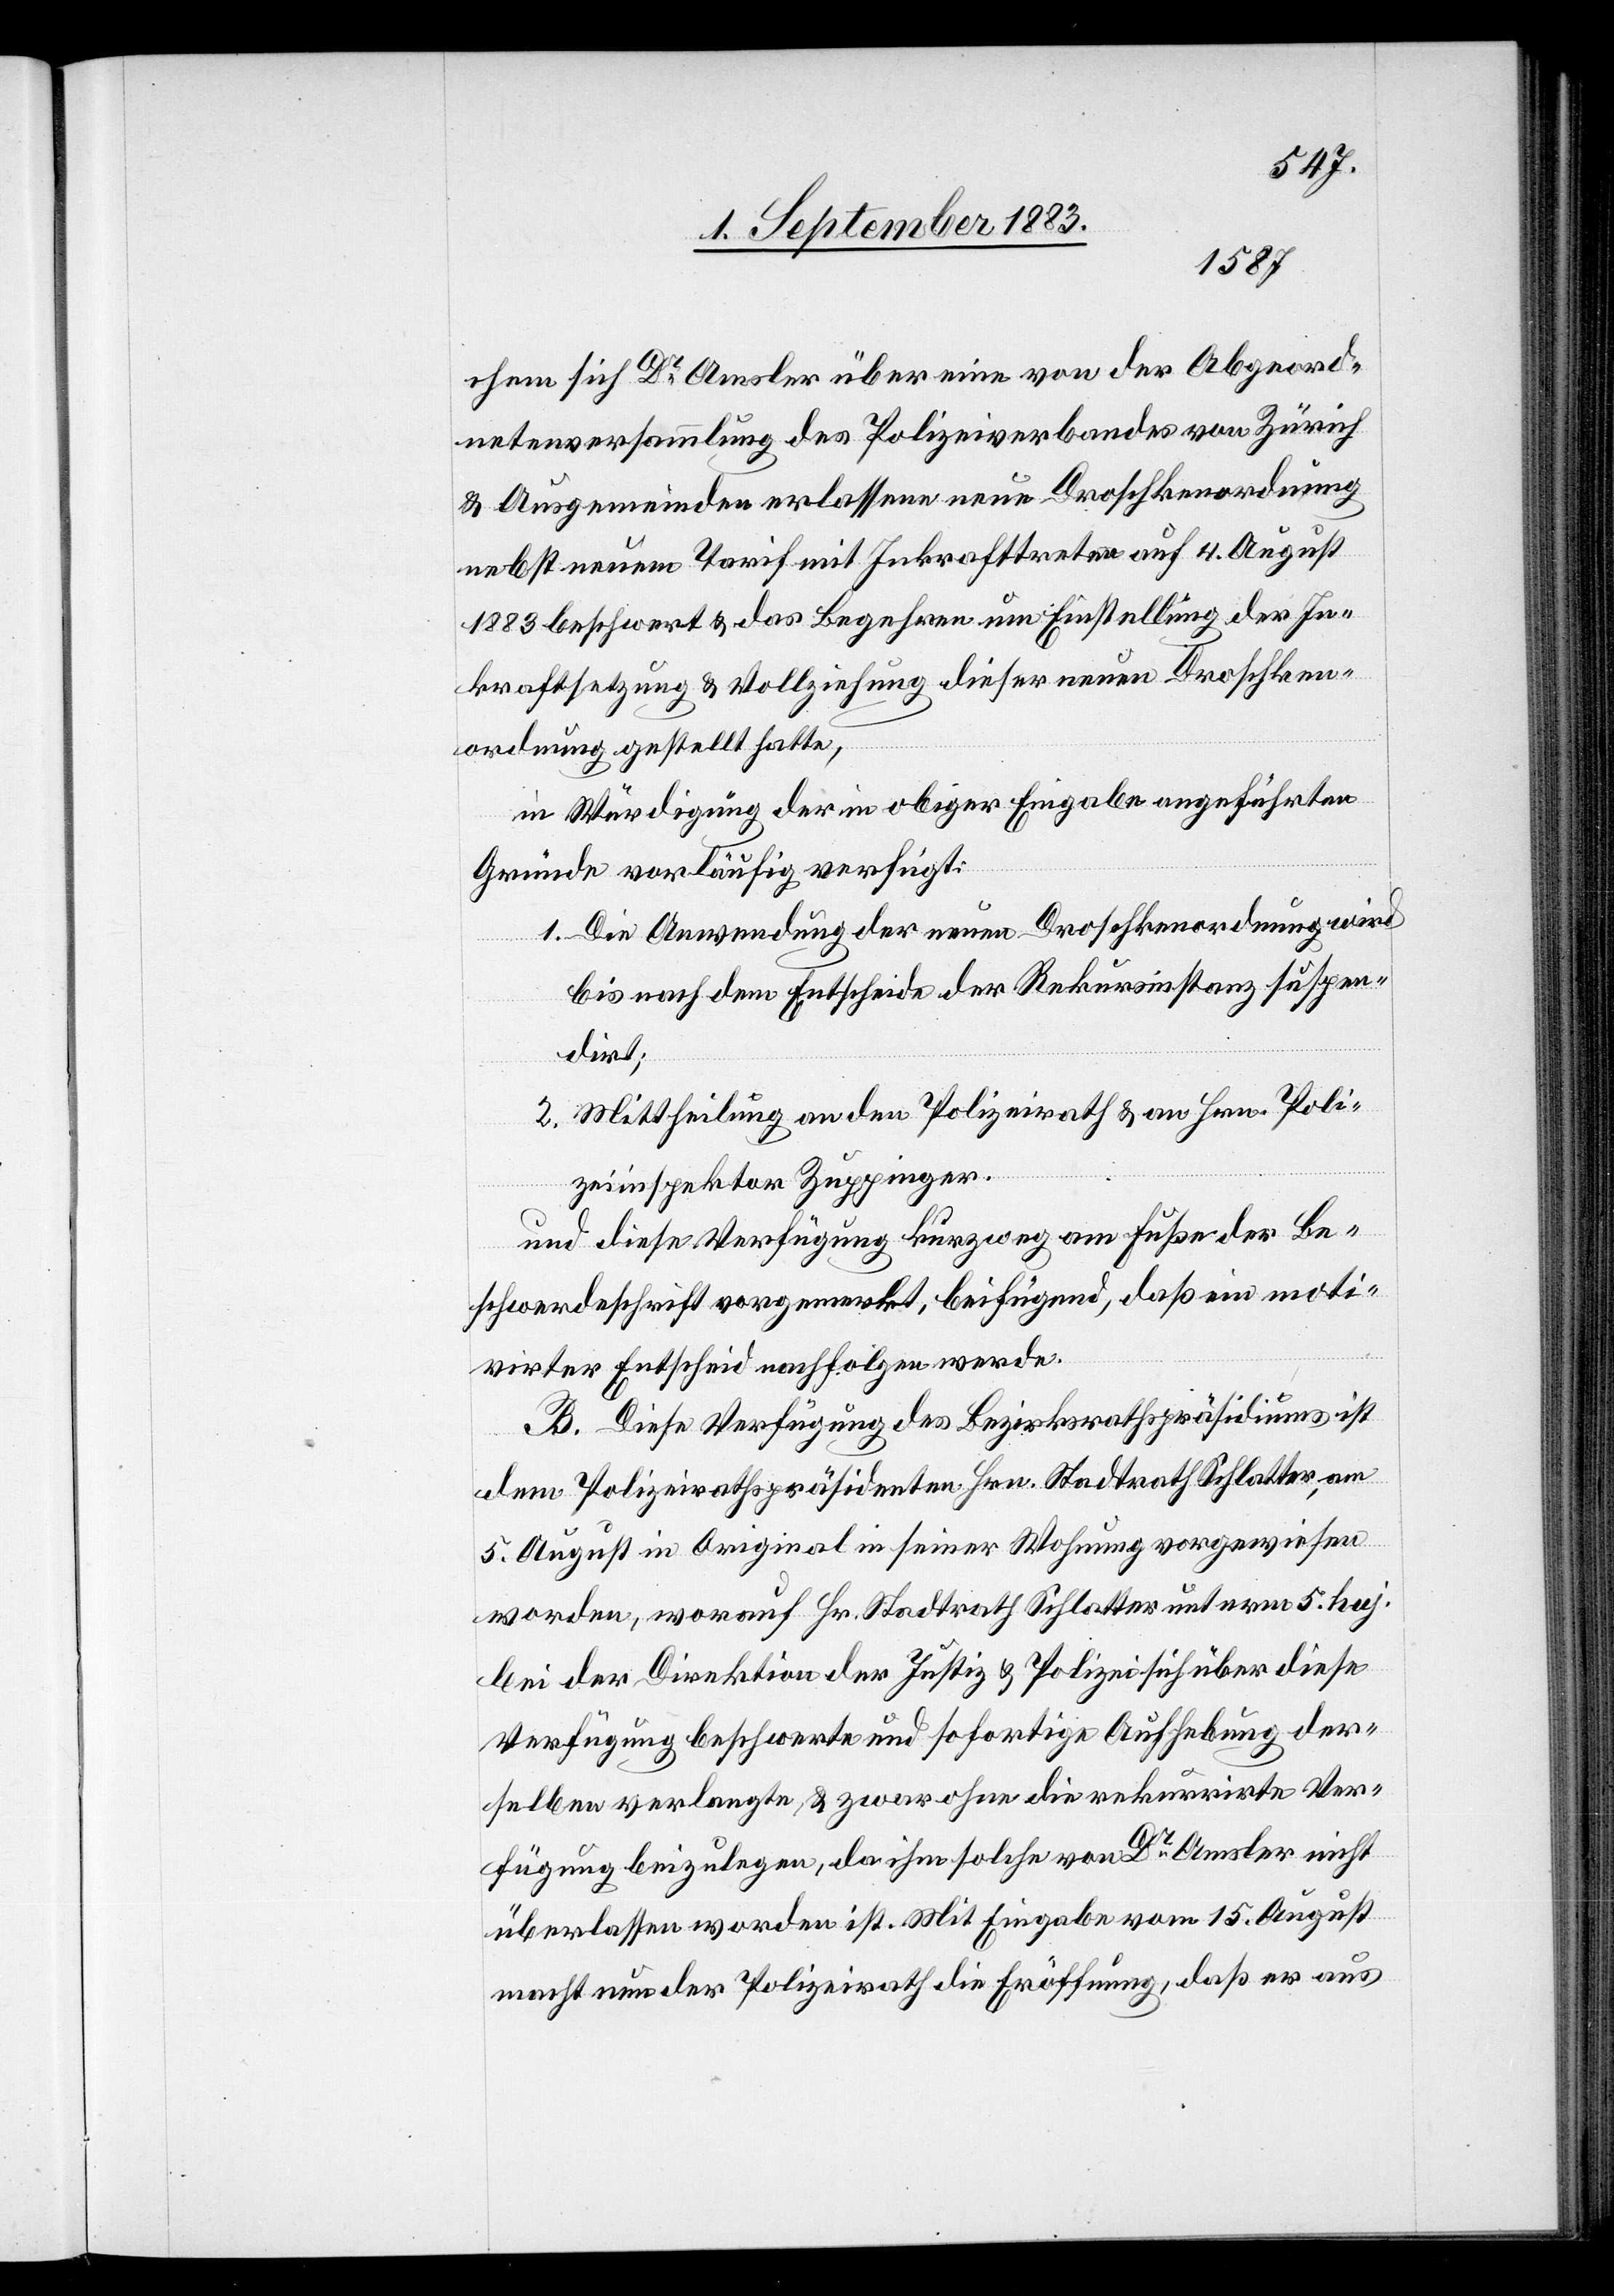
chem sich Dr Amsler über eine von der Abgeord¬
netenversammlung des Polizeiverbandes Zürich
& Ausgemeinden erlassene neue Droschkenordnung
nebst neuem Tarif mit Inkrafttreten auf 4. August
1883 beschwert & das Begehren um Einstellung der In¬
kraftsetzung & Vollziehung dieser neuen Droschken¬
ordnung gestellt hatte,
in Würdigung der in obiger Eingabe angeführten
Gründe vorläufig verfügt:
1. Die Anwendung der neuen Droschkenordnung wird
bis nach dem Entscheide der Rekursinstanz suspen¬
dirt;
2. Mittheilung an den Polizeirath & an Hrn. Poli¬
zeiinspektor Zuppinger.
und diese Verfügung kurzweg am Fuße der Be¬
schwerdeschrift vorgemerkt, beifügend, daß ein moti¬
virter Entscheid nachfolgen werde.
B. Diese Verfügung des Bezirksrathspräsidiums ist
dem Polizeirathspräsidenten Hrn. Stadtrath Schlatter, am
5. August in Original in seiner Wohnung vorgewiesen
worden, worauf Hr. Stadtrath Schlatter unterm 5. huj.
bei der Direktion der Justiz & Polizei sich über diese
Verfügung beschwerte und sofortige Aufhebung der¬
selben verlangte, & zwar ohne die rekurrirte Ver¬
fügung beizulegen, da ihm solche von Dr Amsler nicht
überlassen worden ist. Mit Eingabe vom 15. August
macht nun der Polizeirath die Eröffnung, daß er aus